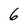
Character: 6